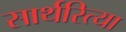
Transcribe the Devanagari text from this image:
सार्थरित्या